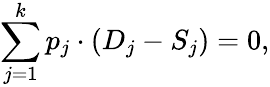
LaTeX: \sum_{j=1}^{k}p_{j}\cdot(D_{j}-S_{j})=0,